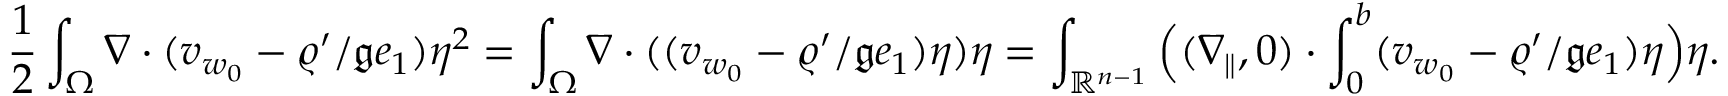
\frac 1 2 \int _ { \Omega } \nabla \cdot ( v _ { w _ { 0 } } - \varrho ^ { \prime } / \mathfrak { g } e _ { 1 } ) \eta ^ { 2 } = \int _ { \Omega } \nabla \cdot ( ( v _ { w _ { 0 } } - \varrho ^ { \prime } / \mathfrak { g } e _ { 1 } ) \eta ) \eta = \int _ { \mathbb { R } ^ { n - 1 } } \Big ( ( \nabla _ { \| } , 0 ) \cdot \int _ { 0 } ^ { b } ( v _ { w _ { 0 } } - \varrho ^ { \prime } / \mathfrak { g } e _ { 1 } ) \eta \Big ) \eta .